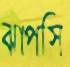
ঝাপসি